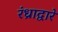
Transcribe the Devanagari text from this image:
रंध्राद्वारे